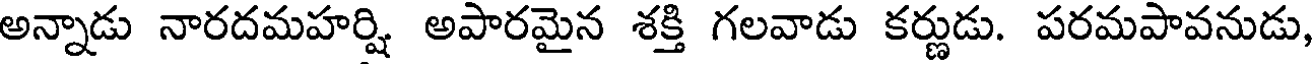
అన్నాడు నారదమహర్షి అపారమైన శక్తి గలవాడు కర్ణుడు. పరమపావనుడు,